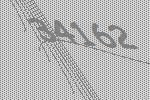
34162